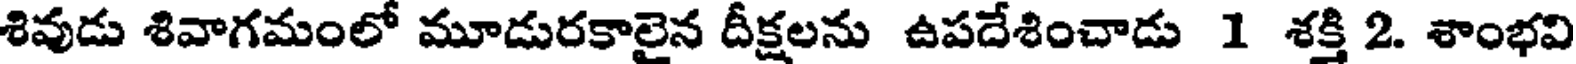
శివుడు శివాగమంలో మూడురకాలైన దీక్షలను ఉపదేశించాడు 1 శక్తి 2. శాంభవి